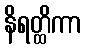
နိရတ္ထိကာ